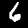
Label: 6